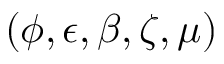
( \phi , \epsilon , \beta , \zeta , \mu )